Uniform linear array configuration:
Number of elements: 24
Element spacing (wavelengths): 1
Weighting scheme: hamming
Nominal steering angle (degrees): -45
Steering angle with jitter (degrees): -43.369
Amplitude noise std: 0.05
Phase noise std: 0.05

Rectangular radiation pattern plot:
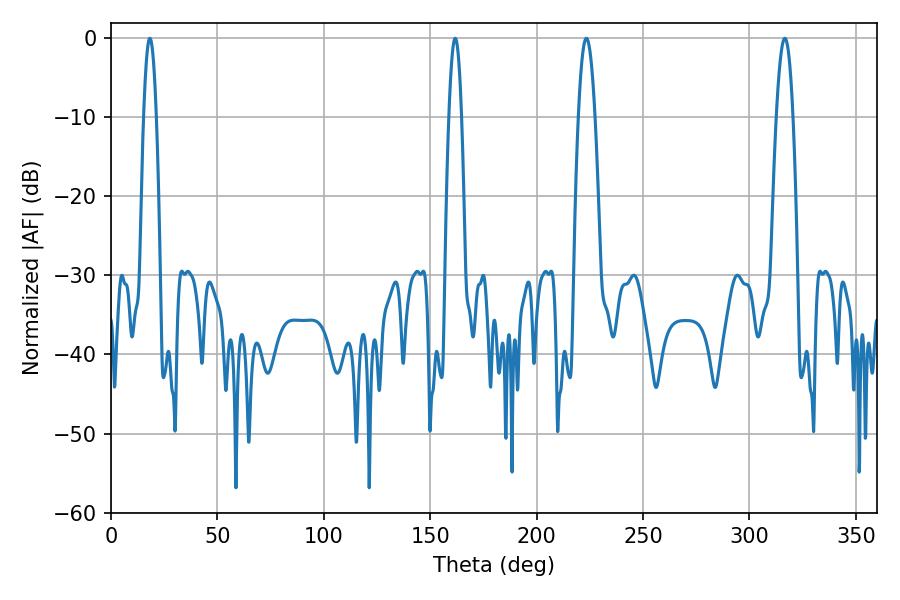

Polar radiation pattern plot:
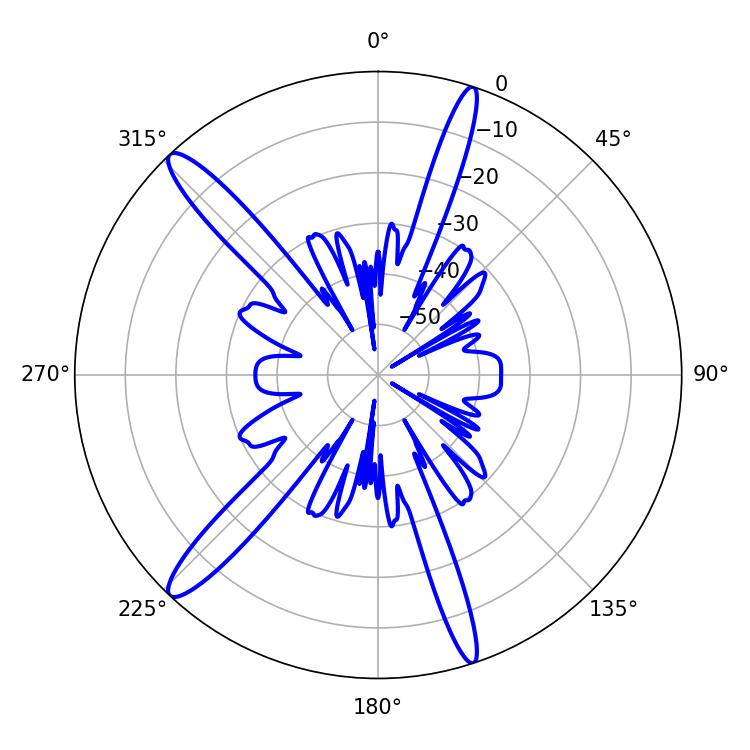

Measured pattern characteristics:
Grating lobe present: TRUE
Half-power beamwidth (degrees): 4.32
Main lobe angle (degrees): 223.38